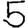
Digit: 5